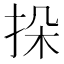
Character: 挆